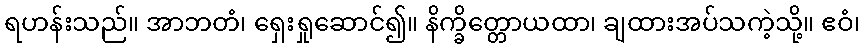
ရဟန်းသည်။ အာဘတံ၊ ရှေးရှုဆောင်၍။ နိက္ခိတ္တောယထာ၊ ချထားအပ်သကဲ့သို့။ ဧဝံ၊